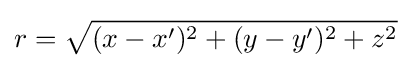
r={\sqrt {(x-x')^{2}+(y-y')^{2}+z^{2}}}